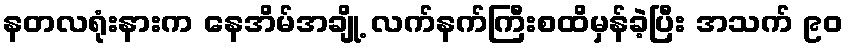
နတလရုံးနားက နေအိမ်အချို့ လက်နက်ကြီးစထိမှန်ခဲ့ပြီး အသက် ၉၀